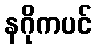
နဂိုကပင်